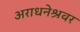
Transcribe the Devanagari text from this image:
अराधनेश्रवर